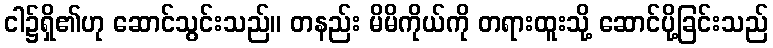
ငါ၌ရှိ၏ဟု ဆောင်သွင်းသည်။ တနည်း မိမိကိုယ်ကို တရားထူးသို့ ဆောင်ပို့ခြင်းသည်